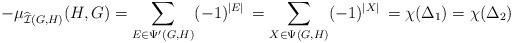
LaTeX: \begin{align*}-\mu_{\widehat{\mathcal{I}}(G,H)}(H,G)=\sum_{E\in\Psi'(G,H)}(-1)^{|E|}\,=\sum_{X\in\Psi(G,H)}(-1)^{|X|}\,=\chi(\Delta _1 )=\chi(\Delta _2)\end{align*}